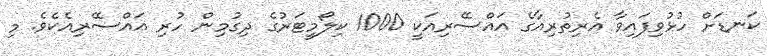
ކަނޑަށް ހުޅުވިފައިވާ އެރިތުރިއާގެ އައްސޭރިއަކީ 1000 ކިލޯމީޓަރުގެ ދިގުމިން ހުރި އައްސޭރިއެކެވެ. މި